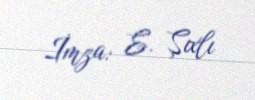
İmza: E. Şıxlı